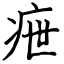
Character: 疶